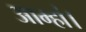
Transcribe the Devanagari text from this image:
आम्हां।